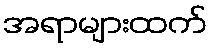
အရာများထက်